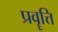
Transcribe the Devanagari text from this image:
प्रवॄत्ति